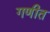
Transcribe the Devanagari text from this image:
गणीत